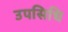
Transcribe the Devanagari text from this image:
उपसिधि